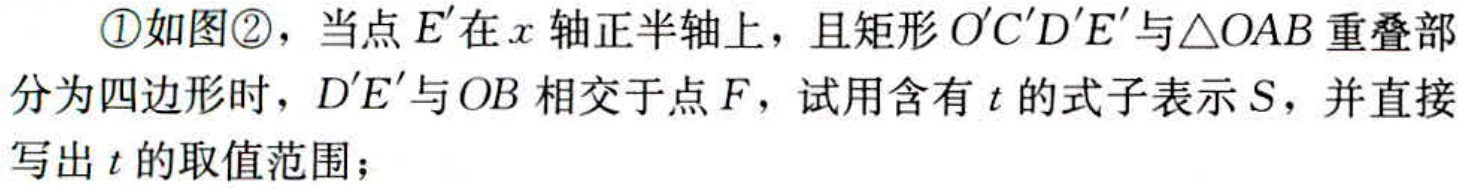
\textcircled{1}如图\textcircled{2}，当点\(E'\)在\(x\)轴正半轴上，且矩形\(O'C'D'E'\)与\(\triangle OAB\)重叠部分为四边形时，\(D'E'\)与\(OB\)相交于点\(F\)，试用含有\(t\)的式子表示\(S\)，并直接写出\(t\)的取值范围；